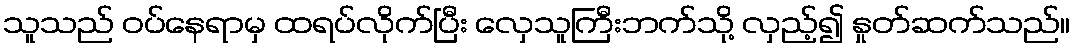
သူသည် ဝပ်နေရာမှ ထရပ်လိုက်ပြီး လှေသူကြီးဘက်သို့ လှည့်၍ နှုတ်ဆက်သည်။